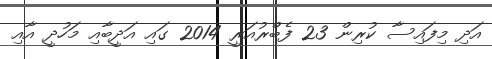
އަދި މިފައިސާ ކުރިން 23 ފެބްރުއަރީ 2014 ގައި އަދީބާއި މަހުދީ އާއި